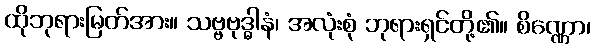
ထိုဘုရားမြတ်အား။ သဗ္ဗဗုဒ္ဓါနံ၊ အလုံးစုံ ဘုရားရှင်တို့၏။ စိဏ္ဏော၊